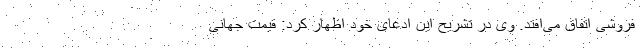
فروشی اتفاق می‌افتد. وی در تشریح این ادعای خود اظهار کرد: قیمت جهانی